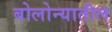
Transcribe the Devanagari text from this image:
बोलोन्यातील